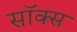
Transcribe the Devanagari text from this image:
सॉक्‍स